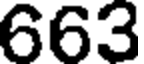
663